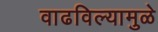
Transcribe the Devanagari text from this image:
वाढविल्यामुळे